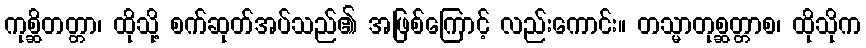
ကုစ္ဆိတတ္တာ၊ ထိုသို့ စက်ဆုတ်အပ်သည်၏ အဖြစ်ကြောင့် လည်းကောင်း။ တသ္မာတုစ္ဆတ္တာစ၊ ထိုသိုက